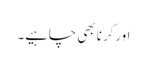
اورکرنا بھی چاہیے۔